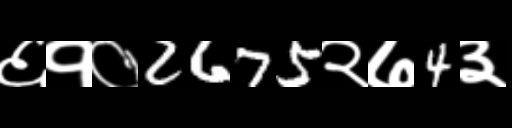
Text: ६१०2675२७4३